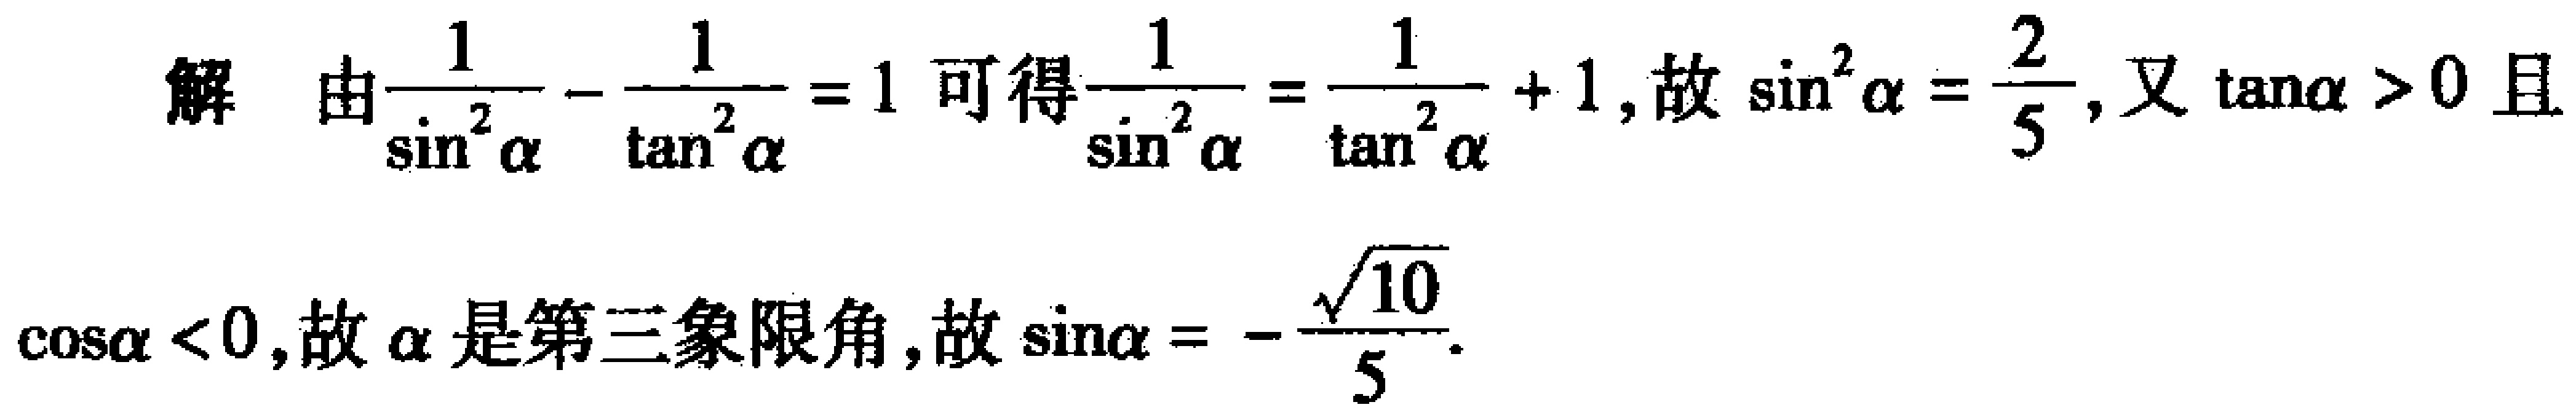
解 由$\frac{1}{\sin^{2}\alpha}-\frac{1}{\tan^{2}\alpha}=1$可得$\frac{1}{\sin^{2}\alpha}=\frac{1}{\tan^{2}\alpha}+1$，故$\sin^{2}\alpha=\frac{2}{5}$，又$\tan\alpha > 0$且$\cos\alpha < 0$，故$\alpha$是第三象限角，故$\sin\alpha=-\frac{\sqrt{10}}{5}$.